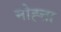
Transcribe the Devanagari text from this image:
मोह्त्ता